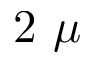
2 \ \mu